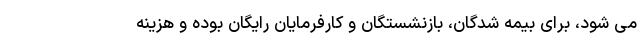
می شود، برای بیمه شدگان، بازنشستگان و کارفرمایان رایگان بوده و هزینه‌